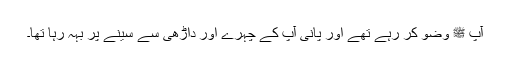
آپ ﷺ وضو کر رہے تھے اور پانی آپ کے چہرے اور داڑھی سے سینے پر بہہ رہا تھا۔